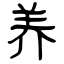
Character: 养